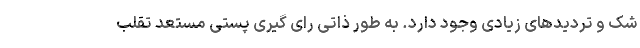
شک و تردیدهای زیادی وجود دارد. به طور ذاتی رای گیری پستی مستعد تقلب